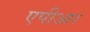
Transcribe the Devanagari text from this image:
एपीआर